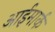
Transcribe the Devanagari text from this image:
आईमार्क